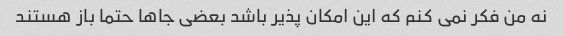
نه من فکر نمی کنم که این امکان پذیر باشد بعضی جاها حتما باز هستند